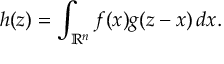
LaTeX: h ( z ) = \int _ { \mathbb { R } ^ { n } } f ( x ) g ( z - x ) \, d x .